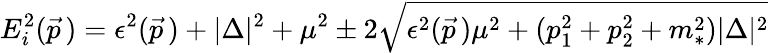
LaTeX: E_{i}^{2}(\vec{p\, })=\epsilon^{2}(\vec{p\, })+|\Delta|^{2}+\mu^{2}\pm 2\sqrt{\epsilon^{2}(\vec{p\, })\mu^{2}+(p_{1}^{2}+p_{2}^{2}+m_{*}^{2})|\Delta|^{2}}